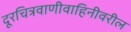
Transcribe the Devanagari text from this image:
दूरचित्रवाणीवाहिनीवरील